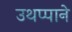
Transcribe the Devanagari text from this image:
उथप्पाने